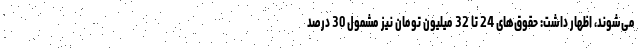
می‌شوند، اظهار داشت: حقوق‌های 24 تا 32 میلیون تومان نیز مشمول 30 درصد